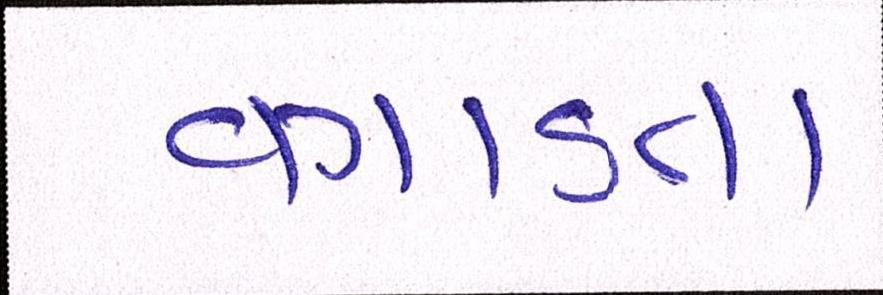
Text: વગાડતા